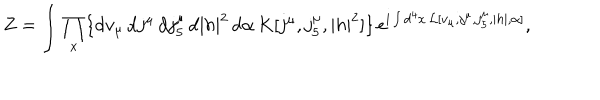
Z = \int \prod _ { x } \{ \mathrm { d } v _ { \mu } \, \mathrm { d } j ^ { \mu } \, \mathrm { d } j _ { 5 } ^ { \mu } \, \mathrm { d } | h | ^ { 2 } \, \mathrm { d } \alpha \, K [ j ^ { \mu } , j _ { 5 } ^ { \mu } , | h | ^ { 2 } ] \} \, e ^ { \mathrm { i } \int \mathrm { d } ^ { 4 } x \, { \cal L } [ v _ { \mu } , j ^ { \mu } , j _ { 5 } ^ { \mu } , | h | , \alpha ] } ,